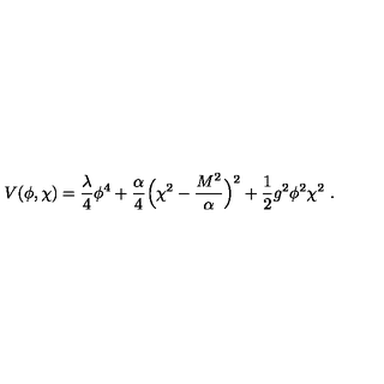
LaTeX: V ( \phi , \chi ) = { \frac { \lambda } { 4 } } \phi ^ { 4 } + { \frac { \alpha } { 4 } } \Bigl ( \chi ^ { 2 } - { \frac { M ^ { 2 } } { \alpha } } \Bigr ) ^ { 2 } + { \frac { 1 } { 2 } } g ^ { 2 } \phi ^ { 2 } \chi ^ { 2 } \ .